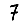
Digit: 7